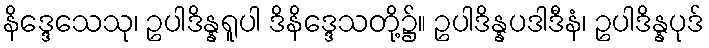
နိဒ္ဒေသေသု၊ ဥပါဒိန္နရူပါ ဒိနိဒ္ဒေသတို့၌။ ဥပါဒိန္နပဒါဒီနံ၊ ဥပါဒိန္နပုဒ်